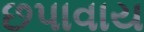
છપાવાય